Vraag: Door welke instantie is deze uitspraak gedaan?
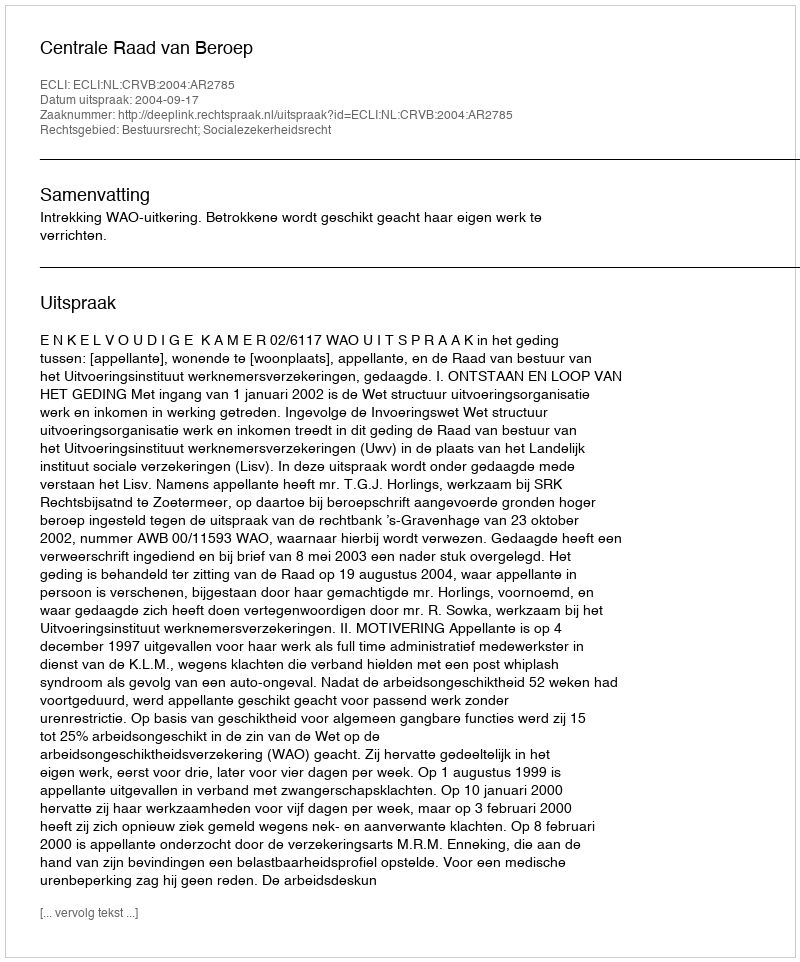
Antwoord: Centrale Raad van Beroep